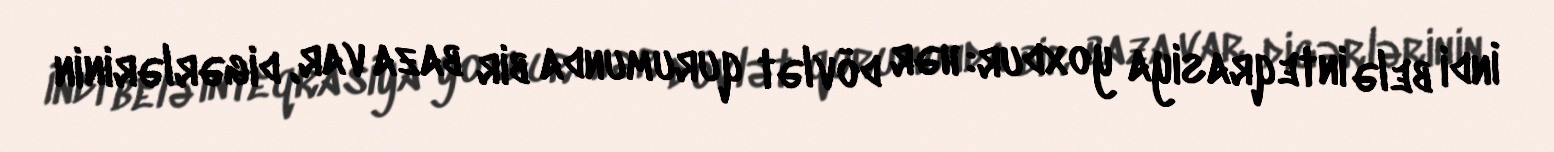
İndi belə inteqrasiya yoxdur: hər dövlət qurumunda bir baza var, digərlərinin